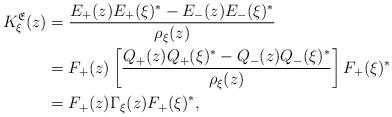
LaTeX: \begin{align*}K_\xi^\mathfrak{E}(z)&=\frac{E_+(z)E_+(\xi)^*-E_-(z)E_-(\xi)^*}{\rho_\xi(z)}\\& = F_+(z)\left[\frac{Q_+(z)Q_+(\xi)^*-Q_-(z)Q_-(\xi)^*}{\rho_\xi(z)}\right]F_+(\xi)^*\\& = F_+(z)\Gamma_\xi(z)F_+(\xi)^*,\end{align*}